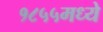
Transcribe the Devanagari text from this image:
१८५५मध्ये